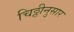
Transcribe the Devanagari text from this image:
चिठ्ठीनुसार